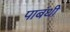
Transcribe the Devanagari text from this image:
पाबंधी